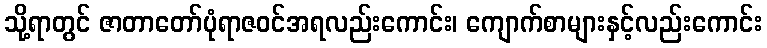
သို့ရာတွင် ဇာတာတော်ပုံရာဇဝင်အရလည်းကောင်း၊ ကျောက်စာများနှင့်လည်းကောင်း